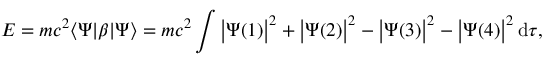
E = m c ^ { 2 } \langle \Psi | \beta | \Psi \rangle = m c ^ { 2 } \int { \big | } \Psi ( 1 ) { \big | } ^ { 2 } + { \big | } \Psi ( 2 ) { \big | } ^ { 2 } - { \big | } \Psi ( 3 ) { \big | } ^ { 2 } - { \big | } \Psi ( 4 ) { \big | } ^ { 2 } \, \mathrm { d } \tau ,